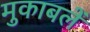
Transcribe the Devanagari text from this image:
मुकाबलें